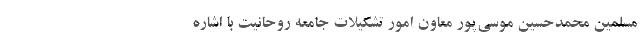
مسلمین محمدحسین موسی‌پور معاون امور تشکیلات جامعه روحانیت با اشاره